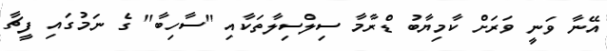
އޭނާ ވަނީ ވަރަށް ކާމިޔާބު ޑްރާމާ ސިލްސިލާތަކާއި "ސާހިބާ" ގެ ނަމުގައި ފީޗާ